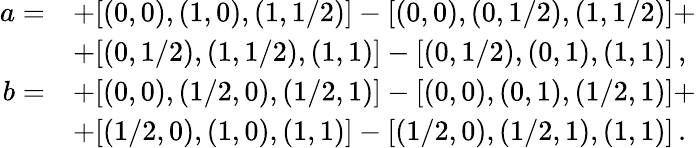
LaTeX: \begin{array}{rl}{a=}&{+[(0,0),(1,0),(1,1/2)]-[(0,0),(0,1/2),(1,1/2)]+}\\ &{+[(0,1/2),(1,1/2),(1,1)]-[(0,1/2),(0,1),(1,1)]\, ,}\\ {b=}&{+[(0,0),(1/2,0),(1/2,1)]-[(0,0),(0,1),(1/2,1)]+}\\ &{+[(1/2,0),(1,0),(1,1)]-[(1/2,0),(1/2,1),(1,1)]\, .}\end{array}